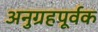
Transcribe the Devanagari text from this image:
अनुग्रहपूर्वक